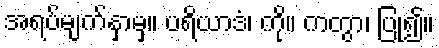
အရပ်မျက်နှာမှ။ ပရိယာဒံ၊ ကို။ ကတွာ၊ ပြု၍။